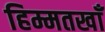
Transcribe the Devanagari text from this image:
हिम्मतखाँ